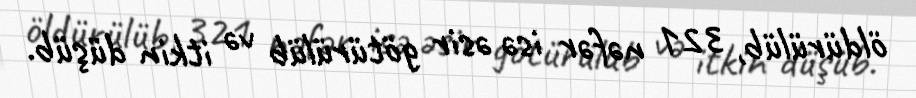
öldürülüb, 321 nəfər isə əsir götürülüb və itkin düşüb.